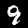
Label: 9